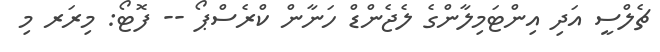
ޗެލްސީ އަދި އިންޓަމިލާންގެ ލެޖެންޑް ހަނާން ކްރެސްޕޯ -- ފޮޓޯ: މިރަރ މި